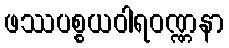
ဖဿပစ္စယဝါရဝဏ္ဏနာ